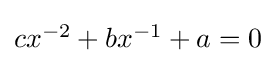
\textstyle cx^{-2}+bx^{-1}+a=0